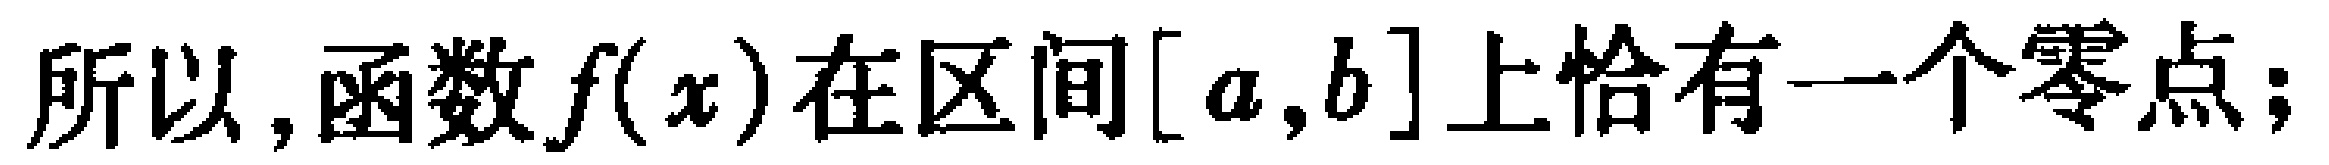
所以,函数\(f(x)\)在区间\([a,b]\)上恰有一个零点；